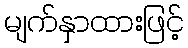
မျက်နှာထားဖြင့်